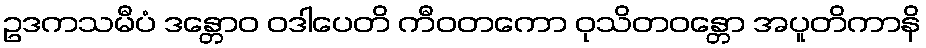
ဥဒကသမီပံ ဒန္တောဝ ဝဒါပေတိ ကီဝတကော ဝုသိတဝန္တော အပူတိကာနိ